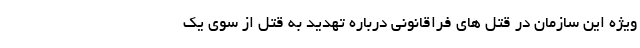
ویژه این سازمان در قتل های فراقانونی درباره تهدید به قتل از سوی یک